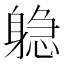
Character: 𬧫